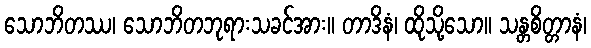
သောဘိတဿ၊ သောဘိတဘုရားသခင်အား။ တာဒိနံ၊ ထိုသို့သော။ သန္တစိတ္တာနံ၊